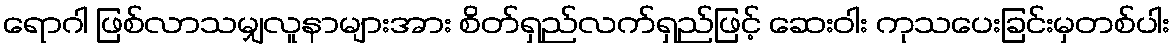
ရောဂါ ဖြစ်လာသမျှလူနာများအား စိတ်ရှည်လက်ရှည်ဖြင့် ဆေးဝါး ကုသပေးခြင်းမှတစ်ပါး